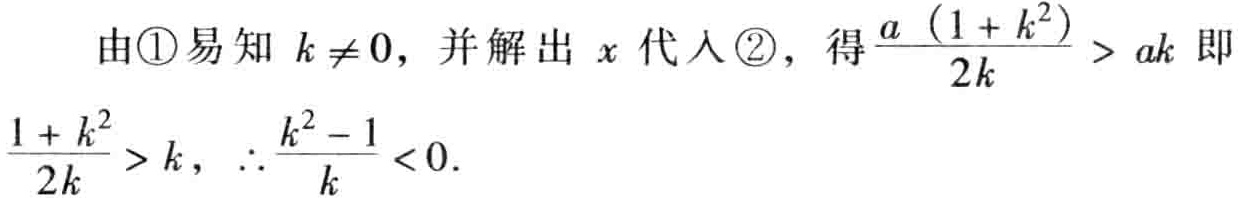
由\textcircled{1}易知 \(k \neq 0\)，并解出 \(x\) 代入\textcircled{2}，得\(\frac{a\left(1 + k^{2}\right)}{2k}>ak\)即\(\frac{1 + k^{2}}{2k}>k\)，\(\therefore\frac{k^{2} - 1}{k}<0\).